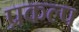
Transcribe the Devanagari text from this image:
प्रकल्‍प